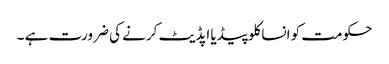
حکومت کو انساکلوپیڈیا اپڈیٹ کرنے کی ضرورت ہے ۔